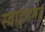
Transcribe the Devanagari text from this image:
स्वाइनमंड